Plague in India, 1896, 1897 - Volume 2
Year: 1896
Disease focus: Plague
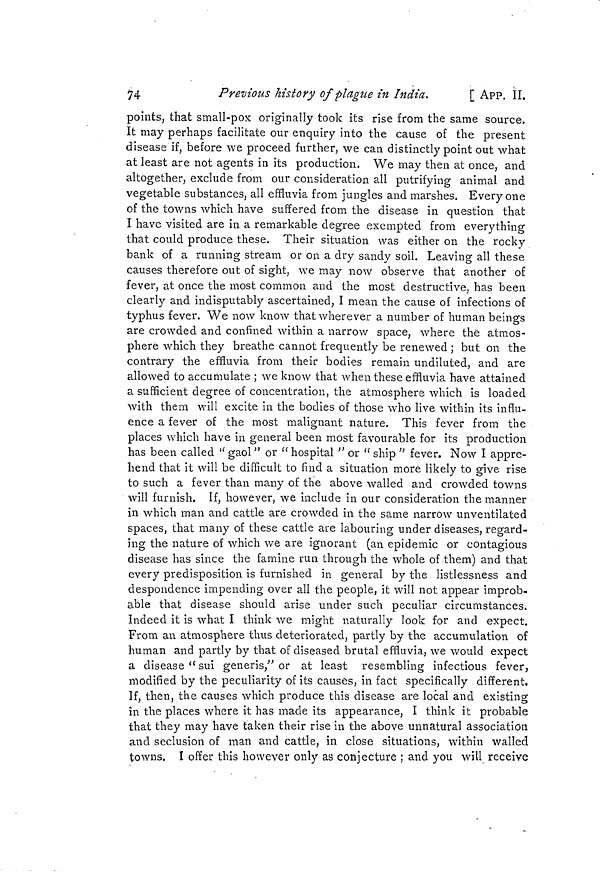
74
Previous history of plague in India.
[ APP, II.
points, that small-pox originally took its rise from the same source.
It may perhaps facilitate our enquiry into the cause of the present
disease if, before we proceed further, we can distinctly point out what
at least are not agents in its production. We may then at once, and
altogether, exclude from our consideration all putrifying animal and
vegetable substances, all effluvia from jungles and marshes. Every one
of the towns which have suffered from the disease in question that
I have visited are in a remarkable degree exempted from everything
that could produce these. Their situation was either on the rocky
bank of a running stream or on a dry sandy soil. Leaving all these
causes therefore out of sight, we may now observe that another of
fever, at once the most common and the most destructive, has been
clearly and indisputably ascertained, I mean the cause of infections of
typhus fever. We now know that wherever a number of human beings
are crowded and confined within a narrow space, where the atmos-
phere which they breathe cannot frequently be renewed ; but on the
contrary the effluvia from their bodies remain undiluted, and are
allowed to accumulate ; we know that when these effluvia have attained
a sufficient degree of concentration, the atmosphere which is loaded
with them will excite in the bodies of those who live within its influ-
ence a fever of the most malignant nature. This fever from the
places which have in general been most favourable for its production
has been called u gaol " or " hospital " or " ship " fever. Now I appre-
hend that it will be difficult to find a situation more likely to give rise
to such a fever than many of the above walled and crowded towns
will furnish. If, however, we include in our consideration the manner
in which man and cattle are crowded in the same narrow unventilated
spaces, that many of these cattle are labouring under diseases, regard-
ing the nature of which we are ignorant (an epidemic or contagious
disease has since the famine run through the whole of them) and that
every predisposition is furnished in general by the listlessness and
despondence impending over all the people, it will not appear improb-
able that disease should arise under such peculiar circumstances.
Indeed it is what Í think we might naturally look for and expect.
From an atmosphere thus deteriorated, partly by the accumulation of
human and partly by that of diseased brutal effluvia, we would expect
a disease"sui generis," or at least resembling infectious fever,
modified by the peculiarity of its causes, in fact specifically different.
If, then, the causes which produce this disease are local and existing
in the places where it has made its appearance, I think it probable
that they may have taken their rise in the above unnatural association
and seclusion of man and cattle, in close situations, within walled
towns. I offer this however only as conjecture ; and you will receive